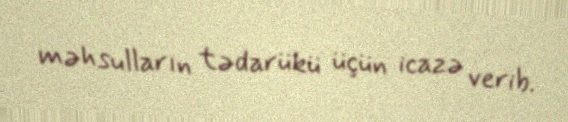
məhsulların tədarükü üçün icazə verib.